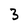
Character: 3